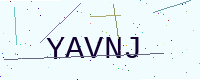
Text: YAVNJ